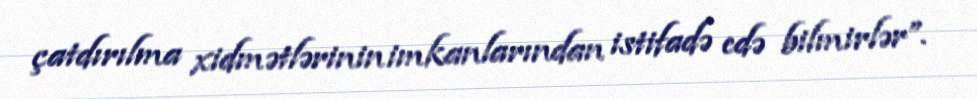
çatdırılma xidmətlərinin imkanlarından istifadə edə bilmirlər”.